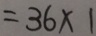
= 3 6 \times 1